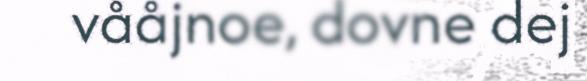
vååjnoe, dovne dej